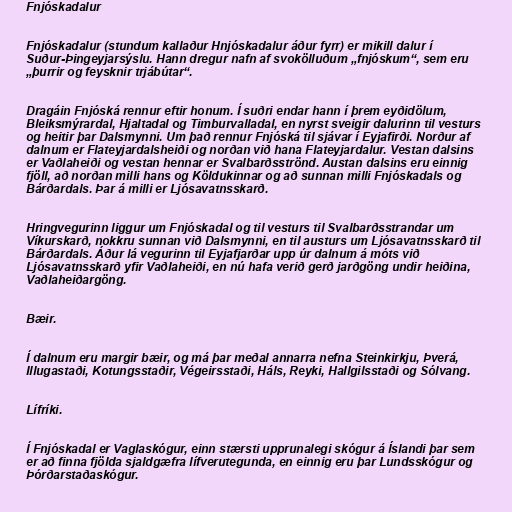
Fnjóskadalur

Fnjóskadalur (stundum kallaður Hnjóskadalur áður fyrr) er mikill dalur í
Suður-Þingeyjarsýslu. Hann dregur nafn af svokölluðum „fnjóskum“, sem eru
„þurrir og feysknir trjábútar“.

Dragáin Fnjóská rennur eftir honum. Í suðri endar hann í þrem eyðidölum,
Bleiksmýrardal, Hjaltadal og Timburvalladal, en nyrst sveigir dalurinn til vesturs
og heitir þar Dalsmynni. Um það rennur Fnjóská til sjávar í Eyjafirði. Norður af
dalnum er Flateyjardalsheiði og norðan við hana Flateyjardalur. Vestan dalsins
er Vaðlaheiði og vestan hennar er Svalbarðsströnd. Austan dalsins eru einnig
fjöll, að norðan milli hans og Köldukinnar og að sunnan milli Fnjóskadals og
Bárðardals. Þar á milli er Ljósavatnsskarð.

Hringvegurinn liggur um Fnjóskadal og til vesturs til Svalbarðsstrandar um
Víkurskarð, nokkru sunnan við Dalsmynni, en til austurs um Ljósavatnsskarð til
Bárðardals. Áður lá vegurinn til Eyjafjarðar upp úr dalnum á móts við
Ljósavatnsskarð yfir Vaðlaheiði, en nú hafa verið gerð jarðgöng undir heiðina,
Vaðlaheiðargöng.

Bæir.

Í dalnum eru margir bæir, og má þar meðal annarra nefna Steinkirkju, Þverá,
Illugastaði, Kotungsstaðir, Végeirsstaði, Háls, Reyki, Hallgilsstaði og Sólvang.

Lífríki.

Í Fnjóskadal er Vaglaskógur, einn stærsti upprunalegi skógur á Íslandi þar sem
er að finna fjölda sjaldgæfra lífverutegunda, en einnig eru þar Lundsskógur og
Þórðarstaðaskógur.